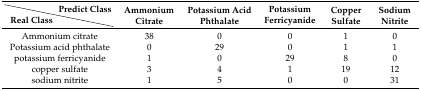
<table><thead><tr><td></td><td><b>Predict Class</b></td><td rowspan="2"><b>Ammonium Citrate</b></td><td rowspan="2"><b>Potassium Acid Phthalate</b></td><td rowspan="2"><b>Potassium Ferricyanide</b></td><td rowspan="2"><b>Copper Sulfate</b></td><td rowspan="2"><b>Sodium Nitrite</b></td></tr><tr><td><b>Real Class</b></td><td></td></tr></thead><tbody><tr><td colspan="2">Ammonium citrate</td><td>38</td><td>0</td><td>0</td><td>1</td><td>0</td></tr><tr><td colspan="2">Potassium acid phthalate</td><td>0</td><td>29</td><td>0</td><td>1</td><td>1</td></tr><tr><td colspan="2">potassium ferricyanide</td><td>1</td><td>0</td><td>29</td><td>8</td><td>0</td></tr><tr><td colspan="2">copper sulfate</td><td>3</td><td>4</td><td>1</td><td>19</td><td>12</td></tr><tr><td colspan="2">sodium nitrite</td><td>1</td><td>5</td><td>0</td><td>0</td><td>31</td></tr></tbody></table>